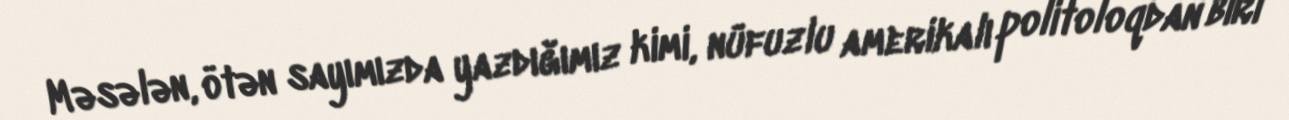
Məsələn, ötən sayımızda yazdığımız kimi, nüfuzlu amerikalı politoloqdan biri